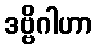
ဒဗ္ဗိဂါဟာ